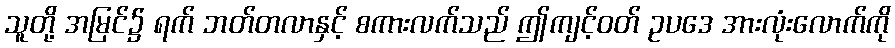
သူတို့ အမြင်၌ ရက် ဘတ်တလာနှင့် စကားလက်သည် ဤကျင့်ဝတ် ဥပဒေ အားလုံးလောက်ကို